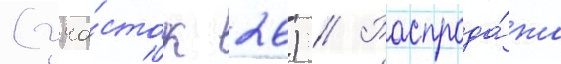
(уча́сток 26) // Распрода́жа